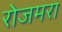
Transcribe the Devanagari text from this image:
रोजमरा